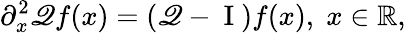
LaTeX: \partial_{x}^{2}\mathscr{Q}f(x)=\left(\mathscr{Q}-\mathrm{~I~}\right)f(x),\; x\in\mathbb{R},